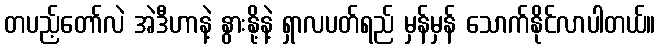
တပည့်တော်လဲ အဲဒီဟာနဲ့ နွားနို့နဲ့ ရှာလပတ်ရည် မှန်မှန် သောက်နိုင်လာပါတယ်။